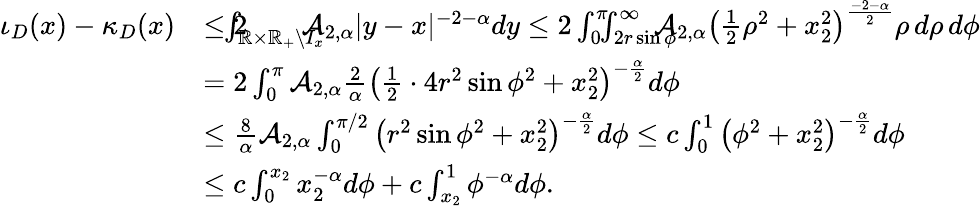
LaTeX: \begin{array}{rl}{\iota_{D}(x)-\kappa_{D}(x)}&{\le 2\! \! \! \! \! \! \int_{\mathbb{R}\times\mathbb{R}_{+}\setminus I_{x}}\! \! \! \! \! \! \mathcal{A}_{2,\alpha}|y-x|^{-2-\alpha}dy\leq 2\int_{0}^{\pi}\! \! \! \int_{2r\sin\phi}^{\infty}\! \! \! \! \! \! \mathcal{A}_{2,\alpha}\left(\frac{1}{2}\rho^{2}+x_{2}^{2}\right)^{\frac{-2-\alpha}{2}}\rho\, d\rho\, d\phi}\\ &{=2\int_{0}^{\pi}\mathcal{A}_{2,\alpha}\frac{2}{\alpha}\left(\frac{1}{2}\cdot 4r^{2}\sin\phi^{2}+x_{2}^{2}\right)^{-\frac{\alpha}{2}}d\phi}\\ &{\leq\frac{8}{\alpha}\mathcal{A}_{2,\alpha}\int_{0}^{\pi/2}\left(r^{2}\sin\phi^{2}+x_{2}^{2}\right)^{-\frac{\alpha}{2}}d\phi\leq c\int_{0}^{1}\left(\phi^{2}+x_{2}^{2}\right)^{-\frac{\alpha}{2}}d\phi}\\ &{\leq c\int_{0}^{x_{2}}x_{2}^{-\alpha}d\phi+c\int_{x_{2}}^{1}\phi^{-\alpha}d\phi.}\end{array}